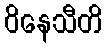
ဝိနေသီတိ